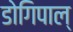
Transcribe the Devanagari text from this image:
डोगिपाल्